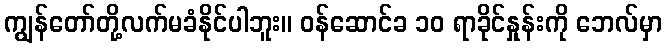
ကျွန်တော်တို့လက်မခံနိုင်ပါဘူး။ ဝန်ဆောင်ခ ၁၀ ရာခိုင်နှုန်းကို ဘေလ်မှာ